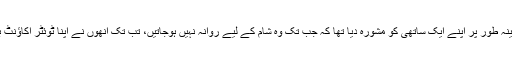
تھومس نے مبینہ طور پر اپنے ایک ساتھی کو مشورہ دیا تھا کہ جب تک وہ شام کے لیے روانہ نہیں ہوجاتیں، تب تک اُنھوں نے اپنا ٹوئٹر اکاؤنٹ بند کرا دیا ہے۔